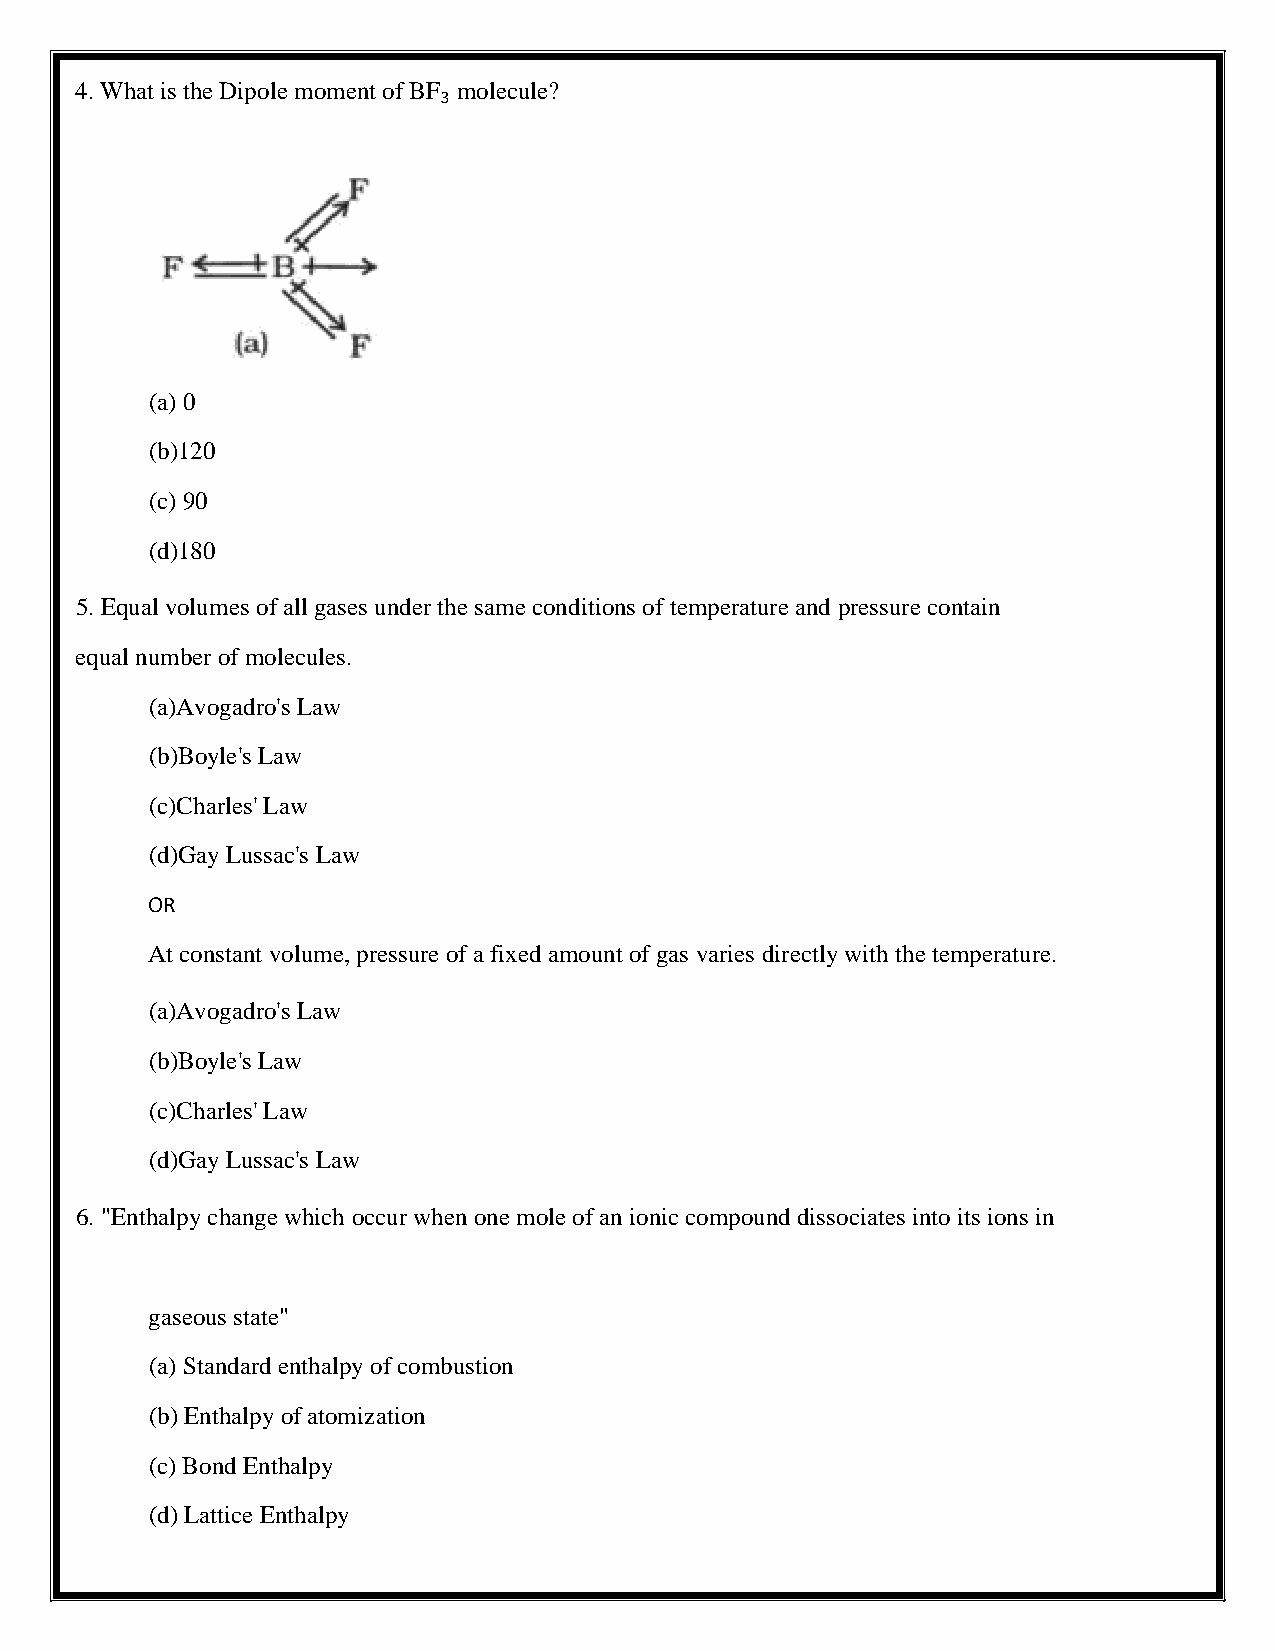
4. What is the Dipole moment of BF₃ molecule?
 (a) 0
 (b)120
 (c) 90
 (d)180
 5. Equal volumes of all gases under the same conditions of temperature and pressure contain
 equal number of molecules.
 (a)Avogadro's Law
 (b)Boyle's Law
 (c)Charles' Law
 (d)Gay Lussac's Law
 OR
 At constant volume, pressure of a fixed amount of gas varies directly with the temperature.
 (a)Avogadro's Law
 (b)Boyle's Law
 (c)Charles' Law
 (d)Gay Lussac's Law
 6. "Enthalpy change which occur when one mole of an ionic compound dissociates into its ions in
 gaseous state"
 (a) Standard enthalpy of combustion
 (b) Enthalpy of atomization
 (c) Bond Enthalpy
 (d) Lattice Enthalpy